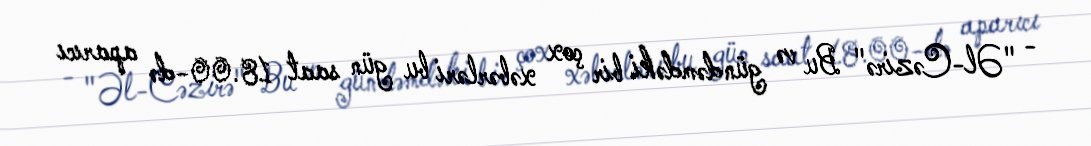
- "Əl-Cəzirə" Bu və gündəmdəki bir çox xəbərləri bu gün saat 18.00-də aparıcı